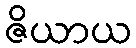
ဇိယာယ